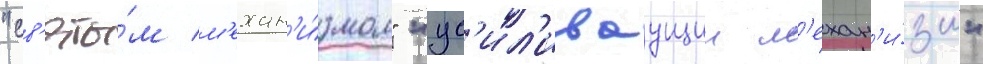
"св'яты́м м'ехан'и́змом" "ус'ил'иваущии м'ехан'и́зм"